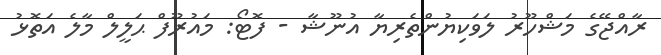
ރާއްޖޭގެ މަޝްހޫރު ލަވަކިޔުންތެރިޔާ އުނޫޝާ - ފޮޓޯ: މައުރޫފް ޙަލީލް މާލެ އަތޮޅު